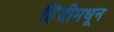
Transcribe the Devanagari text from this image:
हिंदीमधून